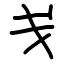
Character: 戋